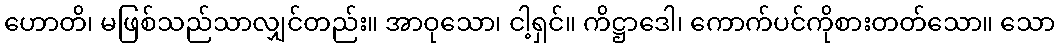
ဟောတိ၊ မဖြစ်သည်သာလျှင်တည်း။ အာဝုသော၊ ငါ့ရှင်။ ကိဋ္ဌာဒေါ၊ ကောက်ပင်ကိုစားတတ်သော။ သော